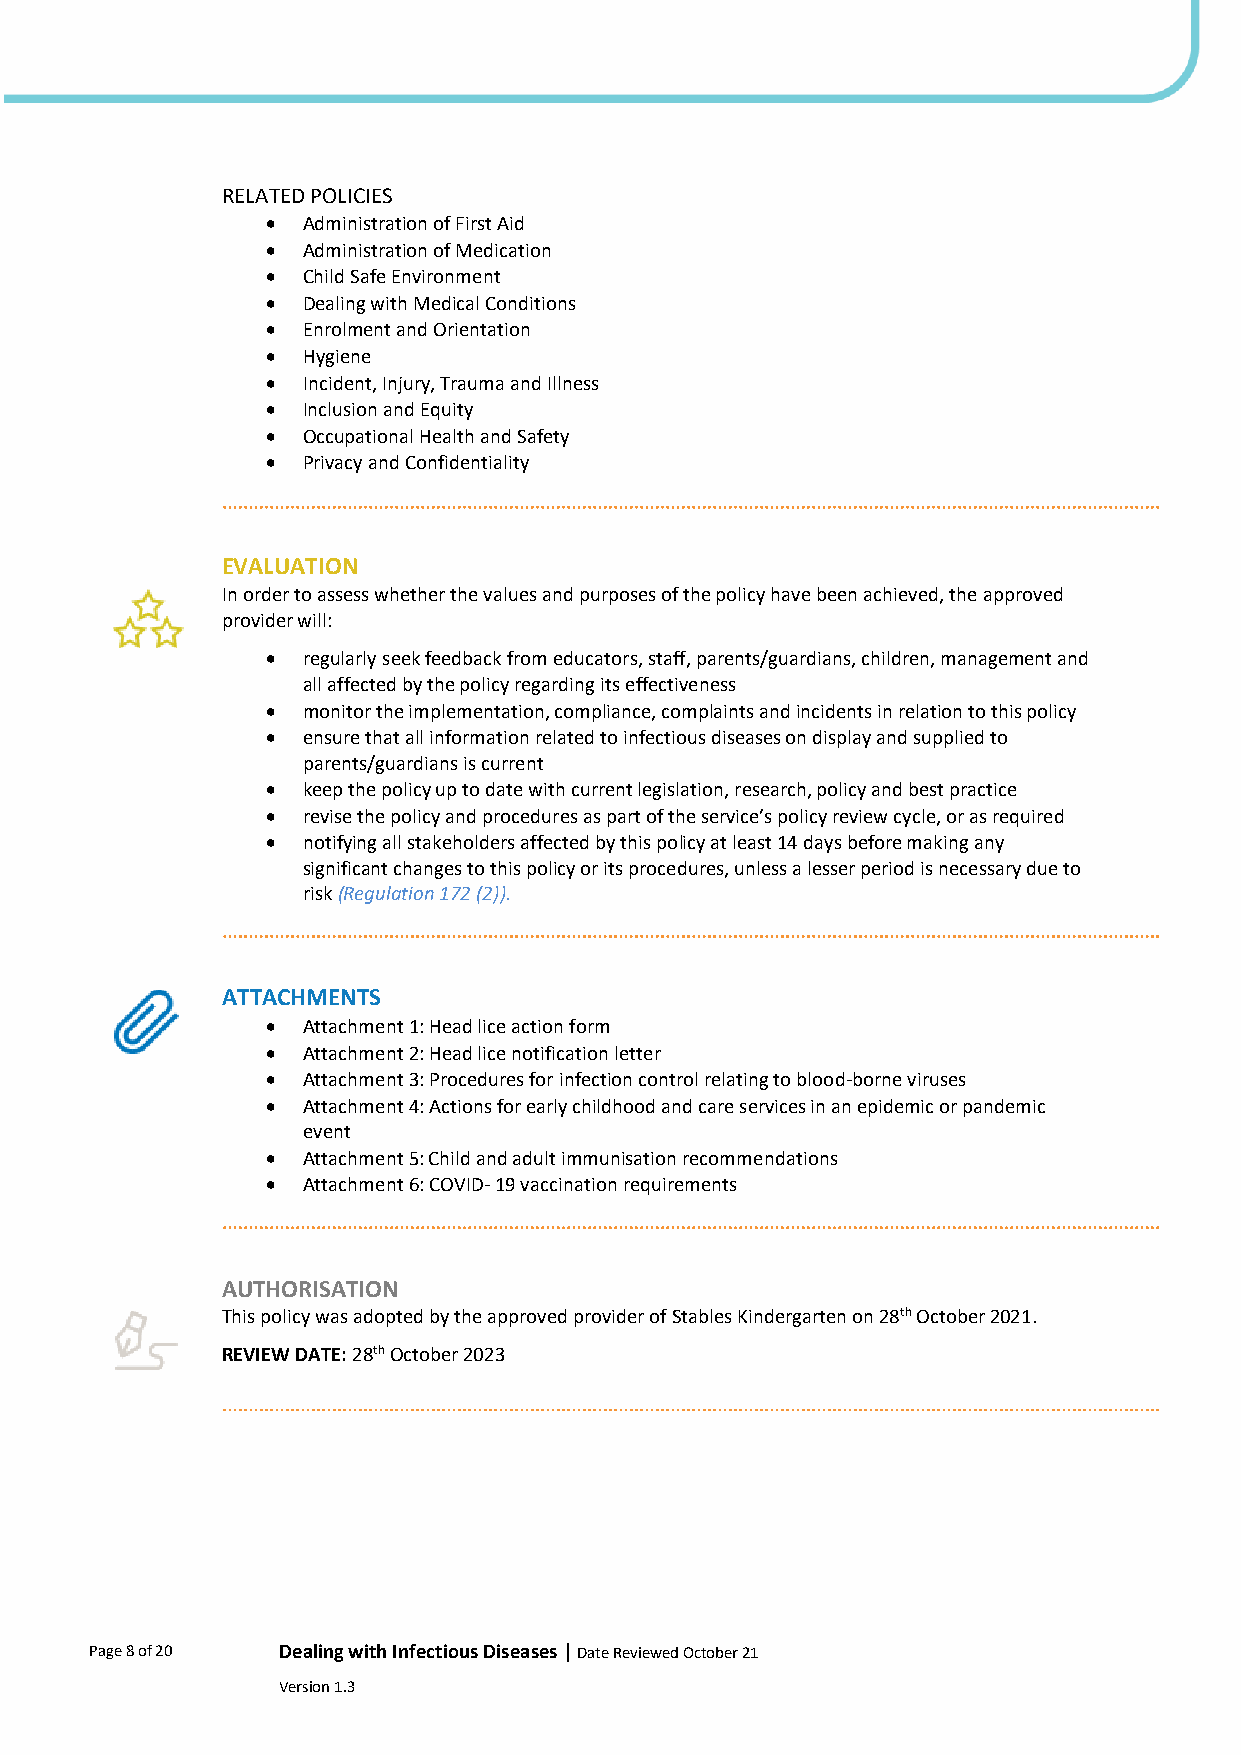
RELATED POLICIES
 • Administration of First Aid
 • Administration of Medication
 • Child Safe Environment
 • Dealing with Medical Conditions
 • Enrolment and Orientation
 • Hygiene
 • Incident, Injury, Trauma and Illness
 • Inclusion and Equity
 • Occupational Health and Safety
 • Privacy and Confidentiality
 EVALUATION
 In order to assess whether the values and purposes of the policy have been achieved, the approved
 provider will:
 • regularly seek feedback from educators, staff, parents/guardians, children, management and
 all affected by the policy regarding its effectiveness
 • monitor the implementation, compliance, complaints and incidents in relation to this policy
 • ensure that all information related to infectious diseases on display and supplied to
 parents/guardians is current
 • keep the policy up to date with current legislation, research, policy and best practice
 • revise the policy and procedures as part of the service’s policy review cycle, or as required
 • notifying all stakeholders affected by this policy at least 14 days before making any
 significant changes to this policy or its procedures, unless a lesser period is necessary due to
 risk (Regulation 172 (2)).
 ATTACHMENTS
 • Attachment 1: Head lice action form
 • Attachment 2: Head lice notification letter
 • Attachment 3: Procedures for infection control relating to blood-borne viruses
 • Attachment 4: Actions for early childhood and care services in an epidemic or pandemic
 event
 • Attachment 5: Child and adult immunisation recommendations
 • Attachment 6: COVID- 19 vaccination requirements
 AUTHORISATION
 This policy was adopted by the approved provider of Stables Kindergarten on 28th October 2021.
 REVIEW DATE: 28th October 2023
 Page 8 of 20 Dealing with Infectious Diseases | Date Reviewed October 21
 Version 1.3